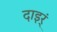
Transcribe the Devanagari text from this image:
दाइर्ं